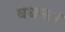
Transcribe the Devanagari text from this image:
बधन्त।